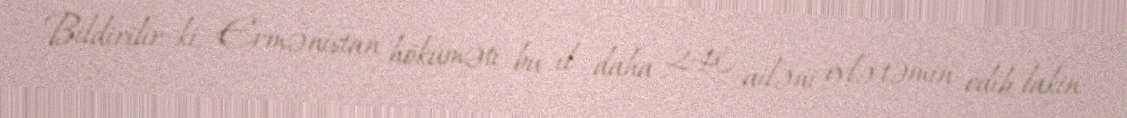
Bildirilir ki, Ermənistan hökuməti bu il daha 240 ailəni evlə təmin edib, lakin